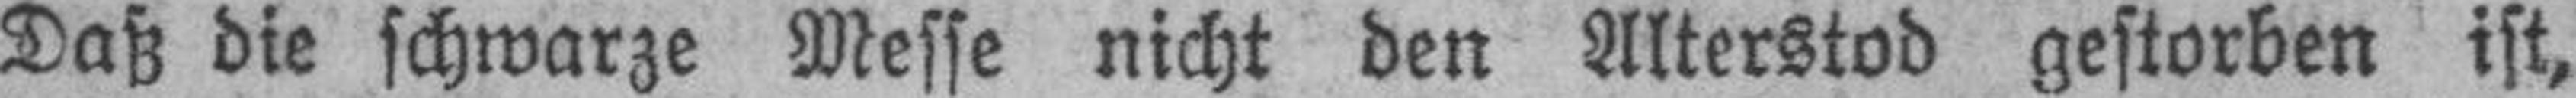
Daß die schwarze Messe nicht den Alterstod gestorben ist,